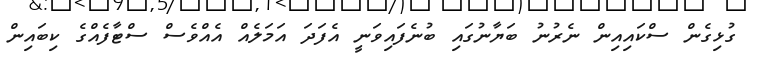
ގުޅިގެން ސްކައިއިން ނެރުނު ބަޔާނުގައި ބުނެފައިވަނީ އެފަދަ އަމަލެއް އެއްވެސް ސްޓާފެއްގެ ކިބައިން